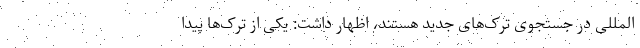
المللی در جستجوی ترک‌های جدید هستند، اظهار داشت: یکی از ترک‌ها پیدا